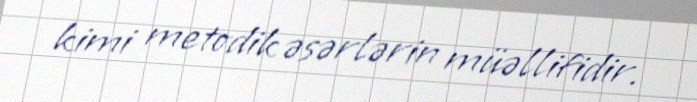
kimi metodik əsərlərin müəllifidir.